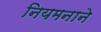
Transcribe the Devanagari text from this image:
नियमनाने